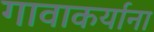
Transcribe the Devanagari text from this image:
गावाकर्याना